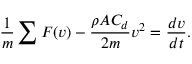
{ \frac { 1 } { m } } \sum F ( v ) - { \frac { \rho A C _ { d } } { 2 m } } v ^ { 2 } = { \frac { d v } { d t } } .